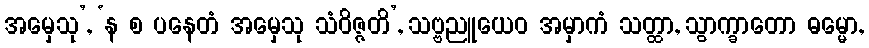
အမှေသု’, ‘န စ ပနေတံ အမှေသု သံဝိဇ္ဇတိ’, သဗ္ဗညူယေဝ အမှာကံ သတ္ထာ, သွာက္ခာတော ဓမ္မော,